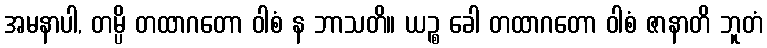
အမနာပါ, တမ္ပိ တထာဂတော ဝါစံ န ဘာသတိ။ ယဉ္စ ခေါ တထာဂတော ဝါစံ ဇာနာတိ ဘူတံ